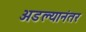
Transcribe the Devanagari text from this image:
अडल्यानंतर